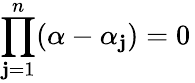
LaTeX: \prod_{\mathbf{j}=1}^{n}(\alpha-\alpha_{\mathbf{j}})=0\,